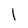
Character: I